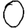
Digit: 0